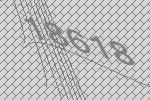
18618